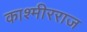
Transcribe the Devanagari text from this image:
काश्मीरराज